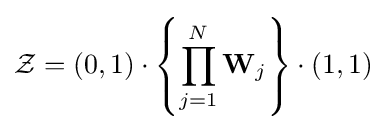
{\mathcal {Z}}=\left(0,1\right)\cdot \left\{\prod _{j=1}^{N}\mathbf {W} _{j}\right\}\cdot \left(1,1\right)